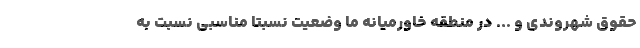
حقوق شهروندی و ... در منطقه خاورمیانه ما وضعیت نسبتا مناسبی نسبت به